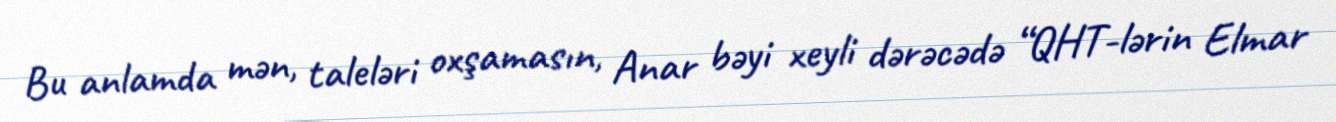
Bu anlamda mən, taleləri oxşamasın, Anar bəyi xeyli dərəcədə “QHT-lərin Elmar